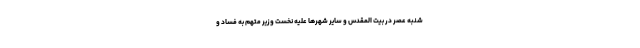
شنبه عصر در بیت المقدس و سایر شهرها علیه نخست وزیر متهم به فساد و